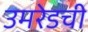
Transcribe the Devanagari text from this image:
उमरेडची